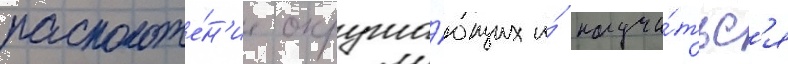
расположе́н'ие окружа́ющих и́ научи́тьс'я